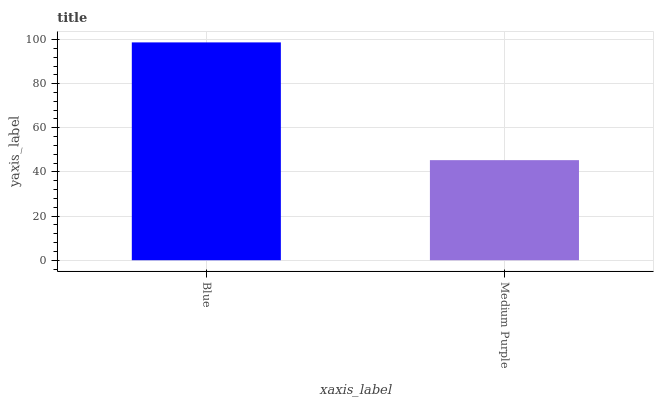
| xaxis_label | bars |
 | --- | --- |
 | Blue | 98.7 |
 | Medium Purple | 45.3 |